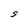
Character: S